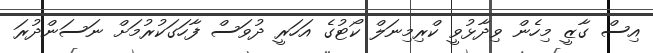
އިސް ގާޒީ މިހެން ވިދާޅުވީ ކްރިމިނަލް ކޯޓުގެ އަހަރީ ދުވަސް ފާހަގަކުރުމަށް ނަސަންދުރަ